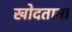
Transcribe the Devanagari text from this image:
खोदताना